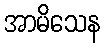
အာမိသေန